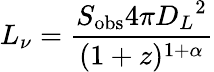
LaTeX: L_{\nu}={\frac{S_{\mathrm{obs}}4\pi{D_{L}}^{2}}{(1+z)^{1+\alpha}}}